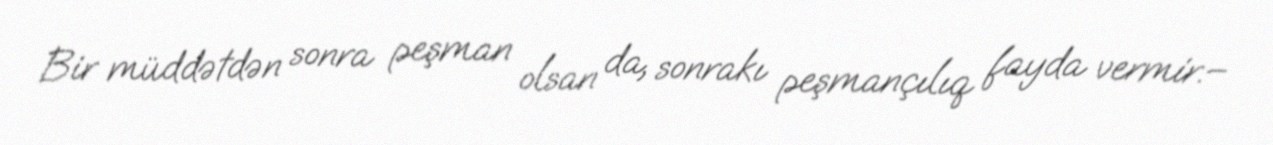
Bir müddətdən sonra peşman olsan da, sonrakı peşmançılıq fayda vermir.–